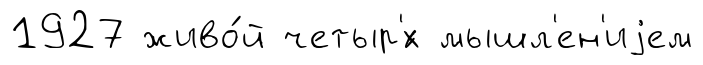
1927 живо́й четыр'́х мышл'ен'иjем